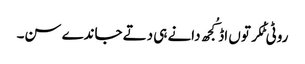
روٹی ٹُکر توں اڈ کُجھ دانے ہی دتے جاندے سن۔